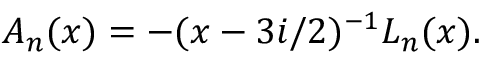
A _ { n } ( x ) = - ( x - 3 i / 2 ) ^ { - 1 } { \cal L } _ { n } ( x ) .